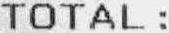
TOTAL :